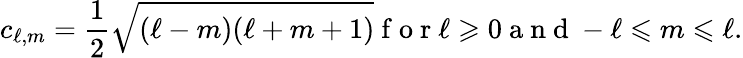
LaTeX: c_{\ell,m}=\frac{1}{2}\sqrt{(\ell-m)(\ell+m+1)}\mathrm{~f~o~r~}\ell\geqslant 0\mathrm{~a~n~d~}-\ell\leqslant m\leqslant\ell.